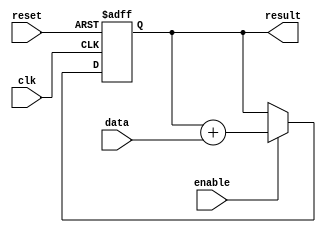
module accumulator(
    input wire clk,          // clock input
    input wire reset,        // reset signal
    input wire enable,       // control signal to trigger accumulation
    input wire [15:0] data,  // data input
    output reg [31:0] result // accumulated result output
);

// internal registers for accumulator
reg [31:0] accumulator_reg;

// always block for accumulation operation
always @(posedge clk or posedge reset) begin
    if (reset) begin
        accumulator_reg <= 32'h00000000; // initialize accumulator to 0
    end else if (enable) begin
        accumulator_reg <= accumulator_reg + data; // perform addition operation
    end
end

// assign accumulated result to output
assign result = accumulator_reg;

endmodule